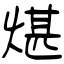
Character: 煁